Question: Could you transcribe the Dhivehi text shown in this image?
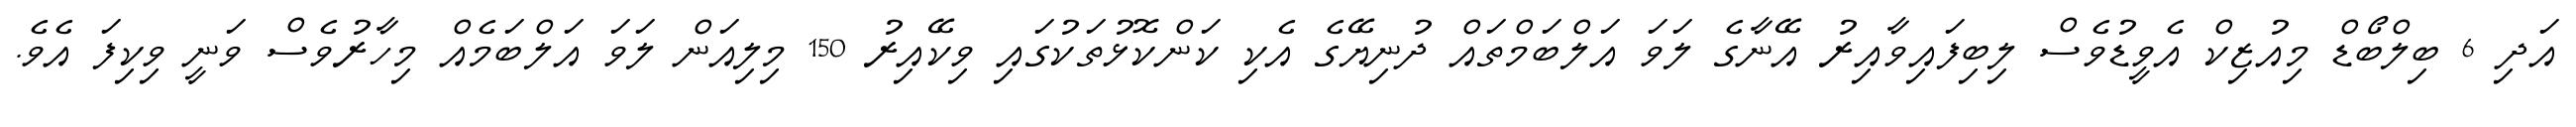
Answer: އަދި 6 ބިލްބޯޑް މިއުޒިކް އެވީޑުވެސް ލިބިފައިވާއިރު އޭނާގެ ލަވަ އަލްބަމްތައް ދުނިޔޭގެ އެކި ކަންކޮޅުތަކުގައި ވިކޭއިރު 150 މިލިއަން ލަވަ އަލްބަމެއް މިހާރުވެސް ވަނީ ވިކިފަ އެވެ.